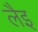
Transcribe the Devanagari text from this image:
लैइ